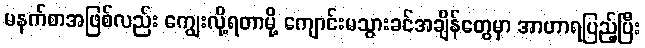
မနက်စာအဖြစ်လည်း ကျွေးလို့ရတာမို့ ကျောင်းမသွားခင်အချိန်တွေမှာ အာဟာရပြည့်ပြီး